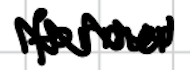
Text: former
Cross-out: zig-zag
Writing tool: digital_black